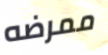
ممرضه